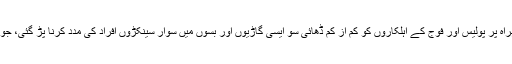
ملکی دارالحکومت کابل کو قندھار سے ملانے والی شاہراہ پر پولیس اور فوج کے اہلکاروں کو کم از کم ڈھائی سو ایسی گاڑیوں اور بسوں میں سوار سینکڑوں افراد کی مدد کرنا پڑ گئی، جو دوران سفر برفانی طوفان میں پھنس کر رہ گئے تھے۔